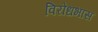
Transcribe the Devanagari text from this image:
विरोधभास